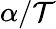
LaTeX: \alpha/\mathcal{T}